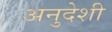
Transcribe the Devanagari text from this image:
अनुदेशी